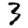
Digit: 3